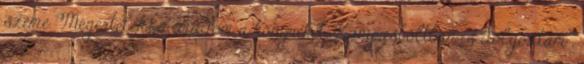
szeme. Megértelek.Én imádom a könyveket Könyvesboltban is dolgoztam .